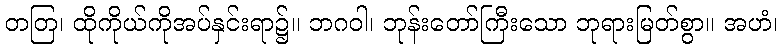
တတြ၊ ထိုကိုယ်ကိုအပ်နှင်းရာ၌။ ဘဂဝါ၊ ဘုန်းတော်ကြီးသော ဘုရားမြတ်စွာ။ အဟံ၊